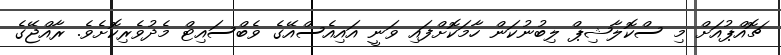
ޗޮއްޕުއަށް މި ސްކޮލާޝިޕް ލިބުނުކަން ހާމަކޮށްފައި ވަނީ އައިއެސްއޭގެ ވެބްސައިޓް މެދުވެރިކޮށެވެ. ރާއްޖޭގެ